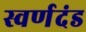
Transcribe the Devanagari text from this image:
स्वर्णदंड